Vaccination Hyderabad 1872-1889 - 1872-1889
Year: 1872
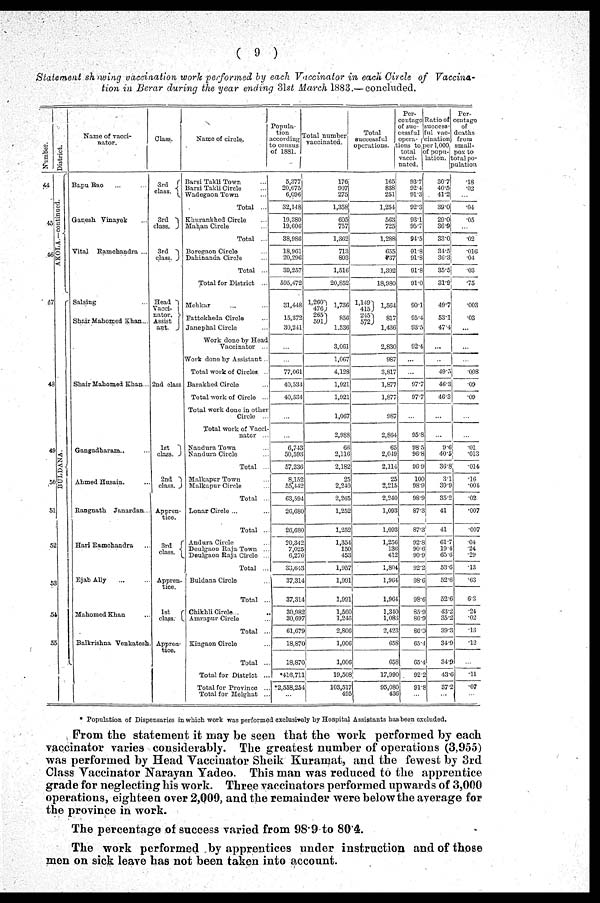
( 9 )
Statement showing vaccination work performed by each Vaccinator in each Circle of Vaccina-
tion in Berar during the year ending 31st March 1883.— concluded.
Number.
44
45
46
47
48
49
50
51
52
53
54
55
District.
AKOLA.—continued.
BULDANA.
Name of vacci-
nator.
Bapu Rao ... ...
Ganesh Vinayek ...
Vital Ramchandra ...
Salsing ...
Shair Mahomed Khan...
Shair Mahomed Khan...
Gangadharam.. ...
Ahmed Husain. ...
Rangnath Janardan...
Hari Ramchandra ...
Ejab Ally
...
...
Mahomed Khan ...
Balkrishna Venkatesh.
Class.
3rd
class.
3rd
class.
3rd
class.
Head
Vacci-
nator.
Assist
ant.
2nd class
1st
class.
2nd
class.
Appren-
tice.
3rd
class.
Appren-
tice.
1st
class.
Appren-
tice.
Name of circle.
Barsi Takli Town ...
Barsi Takli Circle ...
Wadegaon Town ...
Total ...
Khurankhed Circle ...
Mahan Circle
Total ...
Boregaon Circle ...
Dahinanda Circle ...
Total ...
Total for District ...
Mehkar ... ...
Fattekheda Circle ...
Janephal Circle ...
Work done by Head
Vaccinator ...
Work done by Assistant..
Total work of Circles ..
Barakhed Circle ...
Total work of Circle ...
Total work done in other
Circle ...
Total work of Vacci-
nator ...
Nandura Town ...
Nandura Circle ...
Total ...
Malkapur Town ...
Malkapur Circle ...
Total ...
Lonar Circle ... ...
Total ...
Andura Circle ...
Deulgaon Raja Town ...
Deulgaon Raja Circle ...
Total ...
Buldana Circle ...
Total ...
Chikhli Circle...
Amrapur Circle ...
Total ...
Kingaon Circle ...
Total ...
Total for District ...
Total for Province ...
Total for Melghat ..
Popula-
tion
according
to census
of 1881.
5,377
20,675
6,096
32,148
19,380
19,606
38,986
18,961
20,296
39,257
595,472
31,448
15,372
30,241
...
...
77,061
40,534
40,534
...
...
6,743
50,593
57,336
8,152
55,442
63,594
26,680
26,680
20,342
7,025
6,276
30,643
37,314
37,314
30,982
30,697
61,679
18,870
18,870
*416,711
*2,558,254
...
Total number
vaccinated.
176
907
275
1,358
605
757
1,362
713
803
1,516
20,852
1,260
476
265
591
1,736
856
1,536
3,061
1,067
4,128
1,921
1,921
1,067
2,988
66
2,116
2,182
25
2,240
2,265
1,252
1,252
1,354
150
453
1,957
1,991
1,991
1,560
1,246
2,806
1,006
1,006
19,508
103,517
495
Total
successful
operations.
165
838
251
1,254
563
725
1,288
655
737
1,392
18,980
1,149
415 245
572
1,564
817
1,436
2,830
987
3,817
1,877
1,877
987
2,864
65
2,049
2,114
25
2,215
2,240
1,093
1,093
1,256
136
412
1,804
1,964
1,964
1,340
1,083
2,423
658
658
17,990
95,080
436
Per-
centage
of suc-
cessful
opera-
tions to
total
vacci-
nated.
93.7
92.4
91.3
92.3
931
95.7
94.5
91.8
91.8
91.8
91C
90.1
95.4
93.5
92.4
...
...
97.7
97.7
...
95.8
98.5
96.8
96.9
100
98.9
98.9
87.3
87.3
92.8
90.
90.9
92.2
98.6
98.6
85.9
86.9
86.3
65.4
65.4
92.2
91.8
...
Ratio of
success-
ful vac-
cination
per 1,000
of popu-
lation.
30.7
40.5
41.2
39.0
29.0
36.9
33.0
34.5
36.3
35.5
31.9
49.7
53.1
47.4
...
...
49.5
46.3
46.3
...
...
9.6
40.5
36.8
3.1
39.9
35.2
41
41
61.7
19.4
65.6
53.6
52.6
52.6
43.2
35.2
39.3
34.9
34.9
43.6
37.2
...
Per-
centage
of
deaths
from
small-
pox to
total po-
pulation
.18
.02
...
.04
.05
...
.02
.016
.04
.03
.75
.33
.03
...
...
...
.008
.09
.09
...
...
.01
.013
.014
.16
.004
.02
.007
.007
.04
.24
.29
.13
.63
6.3
.24
.02
.13
.12
...
.11
.07
...
* Population of Dispensaries in which work was performed exclusively by Hospital Assistants has been excluded.
From the statement it may be seen that the work performed by each
vaccinator varies considerably. The greatest number of operations (3,955)
was performed by Head Vaccinator Sheik Kuramat, and the fewest by 3rd
Class Vaccinator Narayan Yadeo. This man was reduced to the apprentice
grade for neglecting his work. Three vaccinators performed upwards of 3,000
operations, eighteen over 2,000, and the remainder were below the average for
the province in work.
The percentage of success varied from 98.9 to 80.4.
The work performed by apprentices under instruction and of those
men on sick leave has not been taken into account.